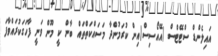
އައިލެންޑް ސްޓޭޓްސް (އޭއޯސިސް)އިން ކުރަމުންދާ މަސައްކަތްތައް ބާން ކީ މޫން ވަނީ ފާހަގަކުރައްވާފަ